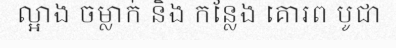
ល្អាង ចម្លាក់ និង កន្លែង គោរព បូជា